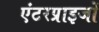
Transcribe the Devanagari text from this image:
एंटरप्राइजों